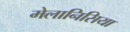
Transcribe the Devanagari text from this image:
मेलानिसिया